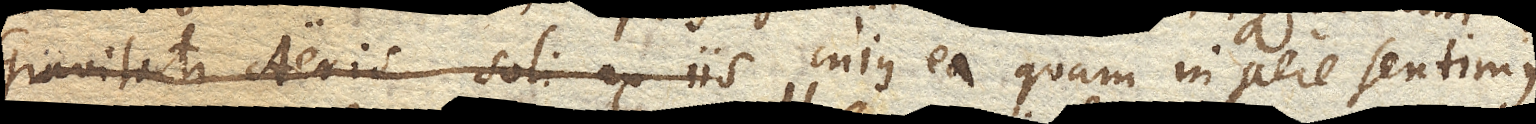
Gravitati Aeris soli ex iis cujus ea quam in aere sentimus